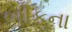
બીકના